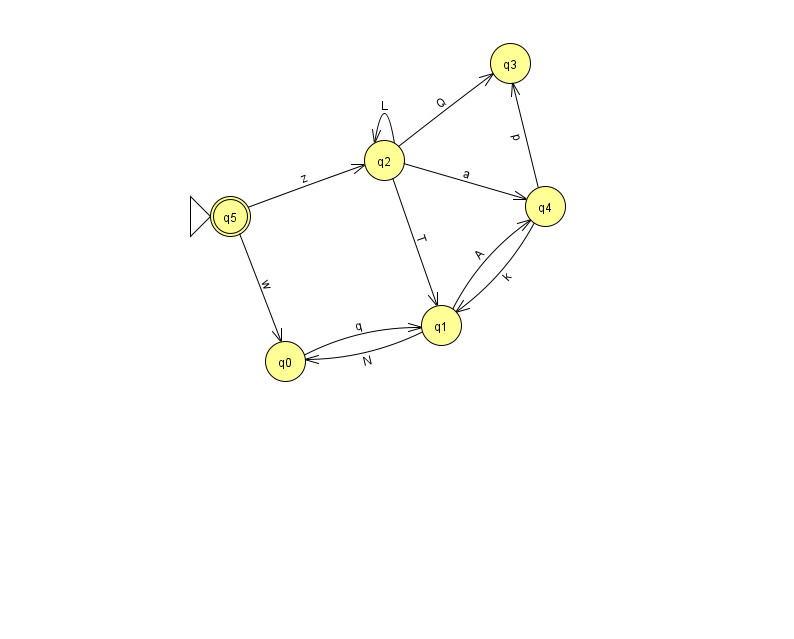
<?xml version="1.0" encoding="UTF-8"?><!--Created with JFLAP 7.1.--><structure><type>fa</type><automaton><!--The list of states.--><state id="0" name="q0"><x>285.0</x><y>348.0</y></state><state id="1" name="q1"><x>441.0</x><y>312.0</y></state><state id="2" name="q2"><x>384.0</x><y>147.0</y></state><state id="3" name="q3"><x>510.0</x><y>50.0</y></state><state id="4" name="q4"><x>545.0</x><y>193.0</y></state><state id="5" name="q5"><x>230.0</x><y>203.0</y><initial/><final/></state><!--The list of transitions.--><transition><from>2</from><to>3</to><read>Q</read></transition><transition><from>2</from><to>4</to><read>a</read></transition><transition><from>1</from><to>0</to><read>N</read></transition><transition><from>1</from><to>4</to><read>A</read></transition><transition><from>2</from><to>1</to><read>T</read></transition><transition><from>4</from><to>3</to><read>p</read></transition><transition><from>0</from><to>1</to><read>q</read></transition><transition><from>5</from><to>0</to><read>w</read></transition><transition><from>2</from><to>2</to><read>L</read></transition><transition><from>4</from><to>1</to><read>k</read></transition><transition><from>5</from><to>2</to><read>z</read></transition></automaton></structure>